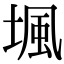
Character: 堸